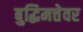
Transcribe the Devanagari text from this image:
बुद्धिमत्तेवर